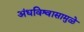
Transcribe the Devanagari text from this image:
अंधविश्वासामुळे